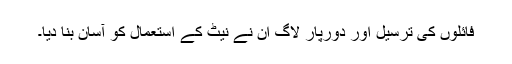
فائلوں کی ترسیل اور دورپار لاگ ان نے نیٹ کے استعمال کو آسان بنا دیا۔